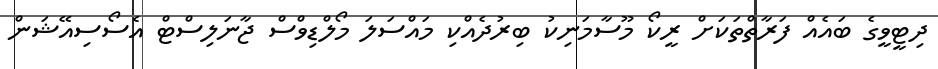
ދިޓީވީގެ ބައެއް ފަރާތްތަކަށް ރީކޯ މޫސާމަނިކު ބިރުދެއްކި މައްސަލަ މޯލްޑިވްސް ޖާނަލިސްޓް އެސޯސިއޭޝަން